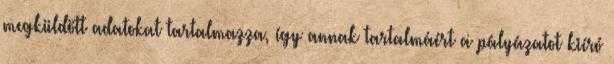
megküldött adatokat tartalmazza, így annak tartalmáért a pályázatot kiíró